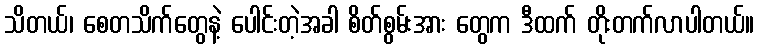
သိတယ်၊ စေတသိက်တွေနဲ့ ပေါင်းတဲ့အခါ စိတ်စွမ်းအား တွေက ဒီထက် တိုးတက်လာပါတယ်။